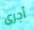
أجرى